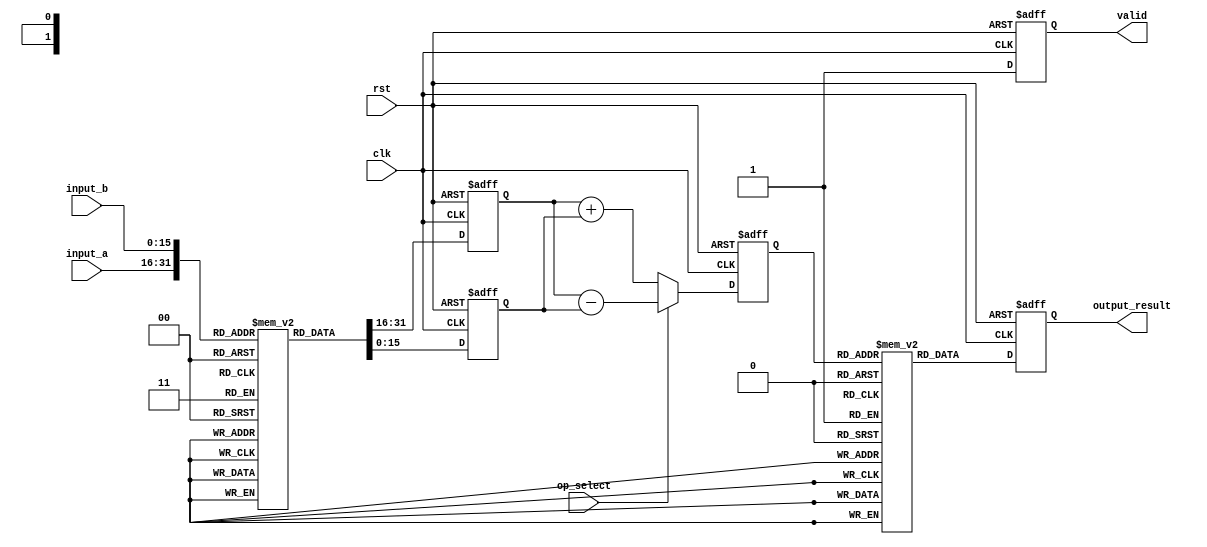
module LogarithmBasedDSPU (
    input wire clk,
    input wire rst,
    input wire [15:0] input_a, // Input A
    input wire [15:0] input_b, // Input B
    input wire op_select, // 0 for multiplication, 1 for division
    output reg [15:0] output_result, // Output result
    output reg valid // Output valid signal
);

// Logarithm Lookup Table (LUT) - Example for 16-bit input
reg [15:0] log_lut [0:65535]; // LUT for logarithm
initial begin
    // Initialize LUT with pre-computed logarithm values (base 2)
    // This is a placeholder; actual values need to be filled in
    // log_lut[i] = log2(i); for i = 1 to 65535
end

// Exponential Lookup Table (LUT) - Example for 16-bit input
reg [15:0] exp_lut [0:65535]; // LUT for exponential
initial begin
    // Initialize LUT with pre-computed exponential values (base 2)
    // This is a placeholder; actual values need to be filled in
    // exp_lut[i] = 2^i; for i = 0 to 65535
end

// Internal signals
reg [15:0] log_a, log_b, log_result;

// Logarithm Block
always @(posedge clk or posedge rst) begin
    if (rst) begin
        log_a <= 0;
        log_b <= 0;
    end else begin
        log_a <= log_lut[input_a]; // Logarithm of input_a
        log_b <= log_lut[input_b]; // Logarithm of input_b
    end
end

// Arithmetic Unit
always @(posedge clk or posedge rst) begin
    if (rst) begin
        log_result <= 0;
    end else begin
        if (op_select == 0) begin
            // Multiplication: log(a * b) = log(a) + log(b)
            log_result <= log_a + log_b;
        end else begin
            // Division: log(a / b) = log(a) - log(b)
            log_result <= log_a - log_b;
        end
    end
end

// Exponential Block
always @(posedge clk or posedge rst) begin
    if (rst) begin
        output_result <= 0;
        valid <= 0;
    end else begin
        output_result <= exp_lut[log_result]; // Exponential of log_result
        valid <= 1; // Set valid signal
    end
end

endmodule